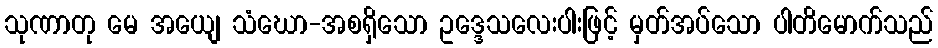
သုဏာတု မေ အယျေ သံဃော-အစရှိသော ဥဒ္ဒေသလေးပါးဖြင့် မှတ်အပ်သော ပါတိမောက်သည်